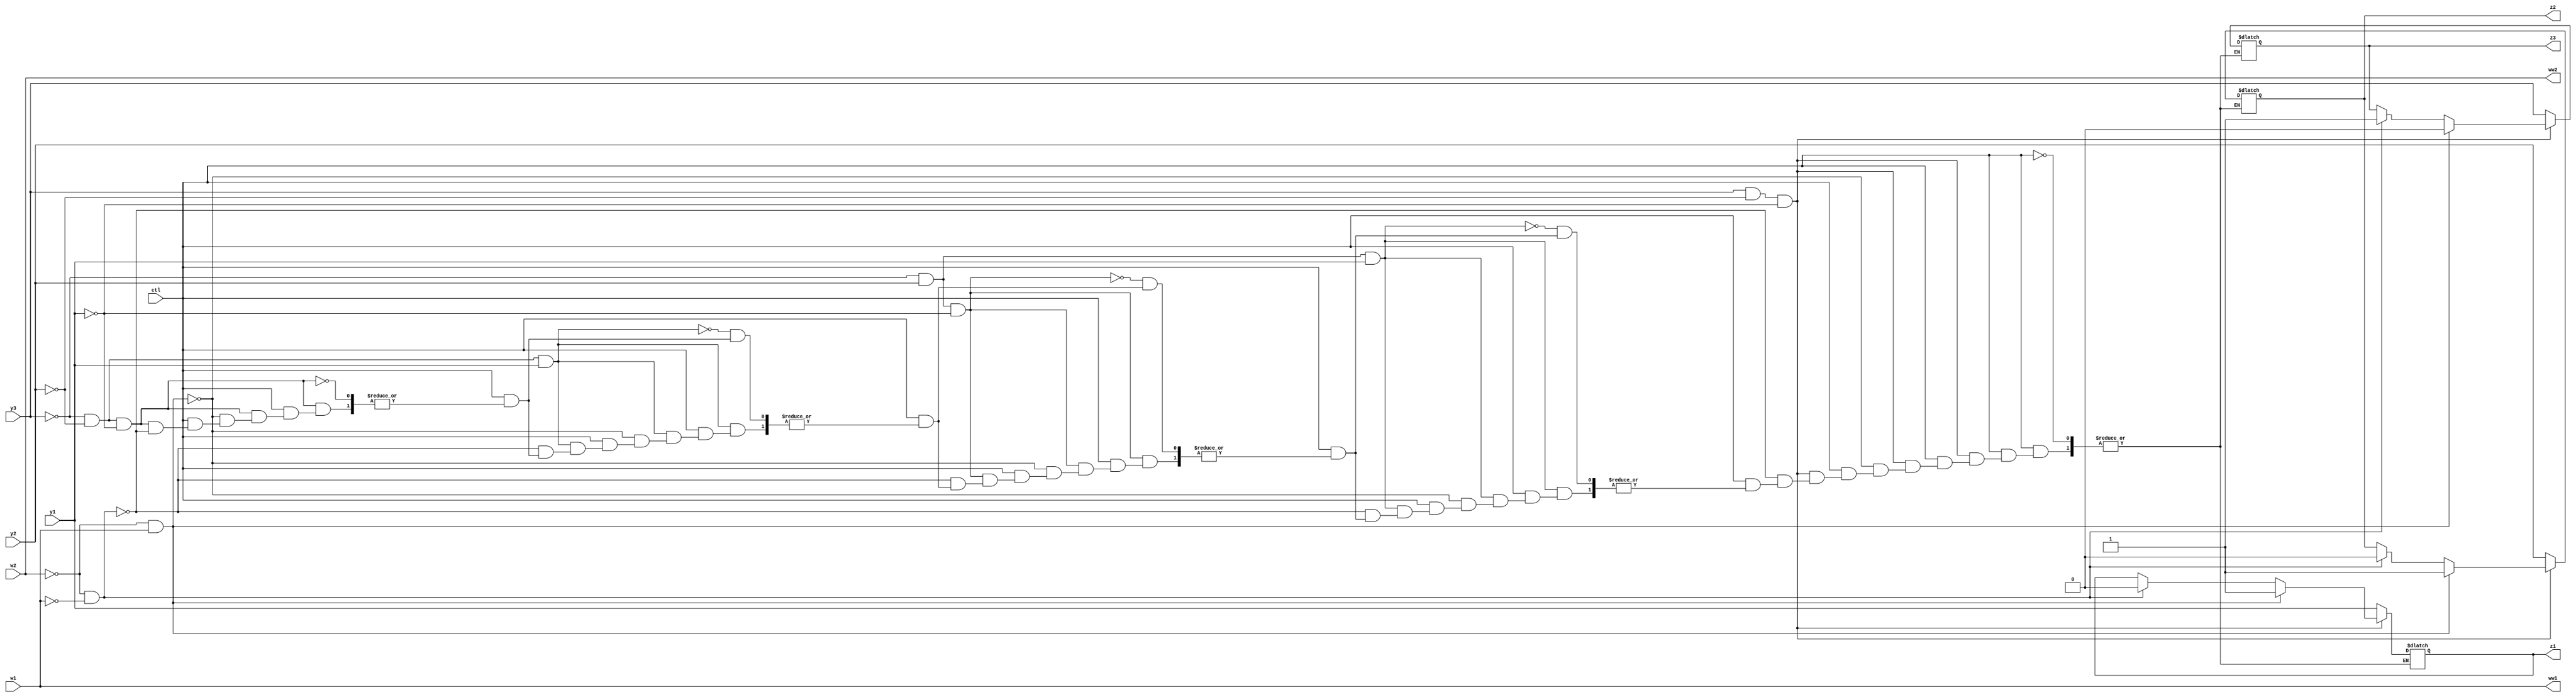
module betterstatemachine(y3, y2, y1, w2, w1, z3, z2, z1, ww2, ww1, ctl);
	input y3, y2, y1, w2, w1, ctl;
	output reg z3, z2, z1, ww2, ww1;
	
	always@(*)
	begin
	
	ww2 = w2;
	ww1 = w1;
	
	if(ctl == 1)
	begin
		/* begin raw 3 bit state logic */
		if(y3 == 0 && y2 == 0 && y1 == 0)
		begin
		/* 000 */
			if(w2 == 0 && w1 == 0)
			begin
			/* push */
				z3 = 0;
				z2 = 0;
				z1 = 1;
			end
			
			if(w2 == 0 && w1 == 1)
			begin
			/* pop */
				z3 = 0;
				z2 = 0;
				z1 = 0;
			end
		end
		
		if(y3 == 0 && y2 == 0 && y1 == 1)
		begin
		/* 001 */
			if(w2 == 0 && w1 == 0)
			begin
			/* push */
				z3 = 0;
				z2 = 1;
				z1 = 0;
			end
			
			if(w2 == 0 && w1 == 1)
			begin
			/* pop */
				z3 = 0;
				z2 = 0;
				z1 = 0;
			end
		end
		
		if(y3 == 0 && y2 == 1 && y1 == 0)
		begin
		/* 010 */
			if(w2 == 0 && w1 == 0)
			begin
			/* push */
				z3 = 0;
				z2 = 1;
				z1 = 1;
			end
			
			if(w2 == 0 && w1 == 1)
			begin
			/* pop */
				z3 = 0;
				z2 = 0;
				z1 = 1;
			end
		end
		
		if(y3 == 0 && y2 == 1 && y1 == 1)
		begin
		/* 011 */
			if(w2 == 0 && w1 == 0)
			begin
			/* push */
				z3 = 1;
				z2 = 0;
				z1 = 0;
			end
			
			if(w2 == 0 && w1 == 1)
			begin
			/* pop */
				z3 = 0;
				z2 = 1;
				z1 = 0;
			end
		end
		
		if(y3 == 1 && y2 == 0 && y1 == 0)
		begin
		/* 100 */
			if(w2 == 0 && w1 == 0)
			begin
			/* push */
				z3 = 1;
				z2 = 0;
				z1 = 0;
			end
			
			if(w2 == 0 && w1 == 1)
			begin
			/* pop */
				z3 = 0;
				z2 = 1;
				z1 = 1;
			end
		end
		else
		begin
			z3 = y3;
			z2 = y2;
			z1 = y1;
		end
	end
	
	end
	
endmodule